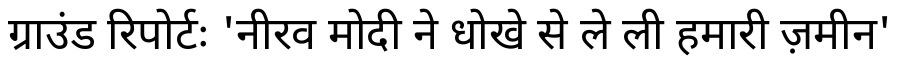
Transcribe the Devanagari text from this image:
ग्राउंड रिपोर्टः 'नीरव मोदी ने धोखे से ले ली हमारी ज़मीन'